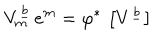
V _ { m } ^ { \underline { { { b } } } } \, e ^ { m } = \varphi ^ { * } \, \left[ V ^ { \underline { { { b } } } } \right]